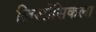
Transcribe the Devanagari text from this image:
लिओसिकला